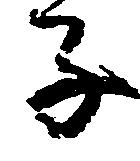
子